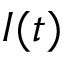
I ( t )